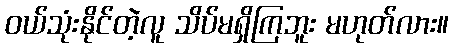
ဝယ်သုံးနိုင်တဲ့လူ သိပ်မရှိကြဘူး မဟုတ်လား။